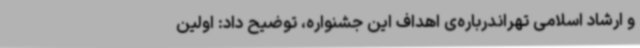
و ارشاد اسلامی تهراندرباره‌ی اهداف این جشنواره، توضیح داد: اولین